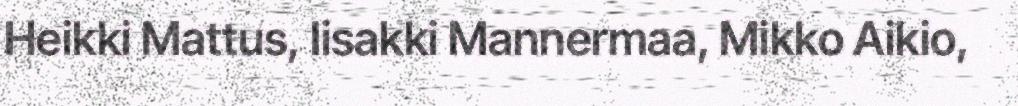
Heikki Mattus, Iisakki Mannermaa, Mikko Aikio,